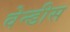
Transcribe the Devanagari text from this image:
वेन्डीस